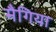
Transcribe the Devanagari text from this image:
मैगिया